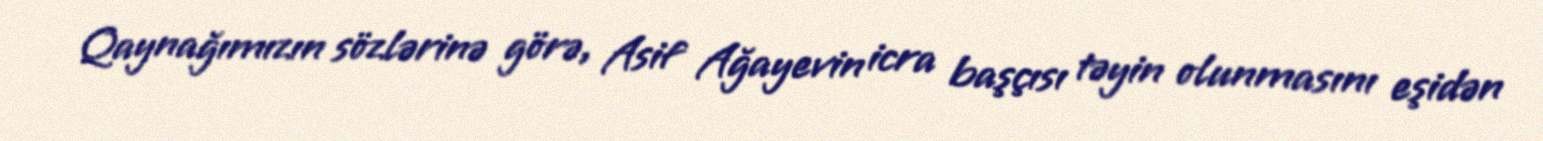
Qaynağımızın sözlərinə görə, Asif Ağayevin icra başçısı təyin olunmasını eşidən